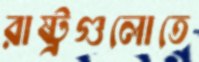
রাষ্ট্রগুলোতে